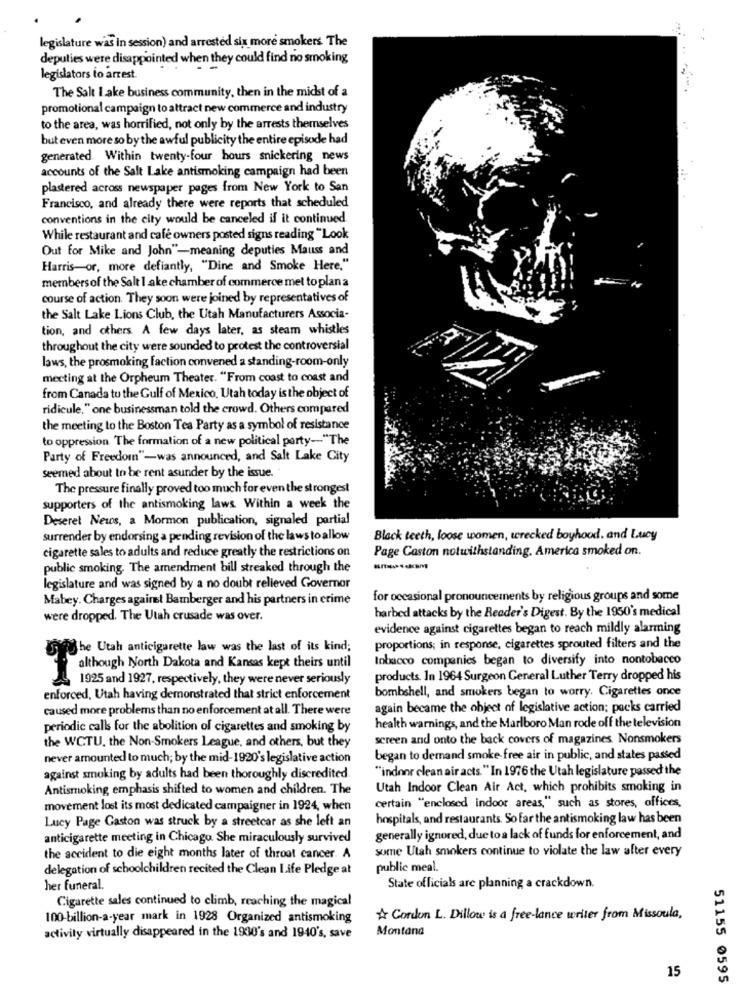
legislature was in session) and arrested six more smokers The
deputies were disappointed when they could find no smoking
legislators to arrest.
The Salt I.ake business community, then in the midst of a
promotional campaign to attract new commerce and industry
to the area, was horrified, not only by the arrests themselves
buteven more so by the awful publicity the entire episode had
generated. Within twenty-four hours snickering news
accounts of the Salt Lake antismoking campaign had been
plastered across newspaper pages from New York to San
Francisco, and already there were reports that scheduled
conventions in the city would be canceled il it continued.
While restaurant and cafe owners posted signs reading "Look
Out for Mike and John"-meaning deputies Mauss and
Harris-or, more defiantly, "Dine and Smoke Here,"
members of the Salt I ake chamber of commerce met toplan a
course of action. They soon were joined by representatives of
the Salt Lake Lions Club, the Utah Manufacturers Associa-
tion, and others. A few days later, as steam whistles
throughout the city were sounded to protest the controversial
laws, the prosmoking faction convened a standing-room-only
meeting at the Orpheum Theater. "From coast to coast and
from Canada tu the Gulf of Mexico, Utah today is the object of
ridicule," one businessman told the crowd. Others compared
the meeting to the Boston Tea Party as a symbol of resistance
to oppression. The formation of a new political party -- "The
Party of Freedom"-was announced, and Salt Lake City
seemed about to be rent asunder by the issue.
The pressure finally proved too much for even the strongest
supporters of the antismoking laws Within a week the
Deseret News, a Mormon publication, signaled partial
surrender by endorsing a pending revision of the laws to allow
Black teeth, loose women, wrecked boyhood. and Lucy
cigarette sales to adults and reduce greatly the restrictions on
Page Gaston notwithstanding. America smoked on.
public smoking. The amendment bill streaked through the
legislature and was signed by a no doubt relieved Governor
Mabey. Charges against Bamberger and his partners in crime
for occasional pronouncements by religious groups and some
harbed attacks by the Reader's Digest. By the 1950's medical
were dropped. The Utah crusade was over.
evidence against cigarettes began to reach mildly alarming
rig he Utah anticigarette law was the last of its kind;
proportions; in response, cigarettes sprouted filters and the
tobacco companies began to diversify into nontobacco
although North Dakota and Kansas kept theirs until
1925 and 1927, respectively, they were never seriously
products. In 1964 Surgeon General Luther Terry dropped his
bombshell, and smokers began to worry. Cigarettes once
enforced, Utah having demonstrated that strict enforcement
caused more problems than no enforcement at all. There were
again became the object of legislative action; packs carried
periodic calls for the abolition of cigarettes and smoking by
health warnings, and the Marlboro Man rode off the television
screen and onto the back covers of magazines Nonsmokers
the WCTU. the Non-Smokers League, and others, but they
never amounted to much; by the mid-1920's legislative action
began to demand smoke free air in public, and states passed
"indoor clean air acts. " In 1976 the Utah legislature passed the
against smoking by adults had been thoroughly discredited.
Antismoking emphasis shifted to women and children. The
Utah Indoor Clean Air Act, which prohibits smoking in
movement lost its most dedicated campaigner in 1924, when
certain "enclosed indoor areas," such as stores, offices,
Lucy Page Gaston was struck by a streetcar as she left an
hospitals, and restaurants. So far the antismoking law has been
anticigarette meeting in Chicago. She miraculously survived
generally ignored, due to a lack of funds for enforcement, and
some Utah smokers continue to violate the law after every
the accident to die eight months later of throat cancer. A
delegation of schoolchildren recited the Clean Life Pledge at
public meal.
her funeral.
State officials are planning a crackdown.
Cigarette sales continued to climb, reaching the magical
100-billion-a-year mark in 1928 Organized antismoking
A Cordon L. Dillow is a free-lance writer from Missoula,
Montana
activity virtually disappeared in the 1930's and 1940's, save
15
51155 0595